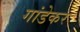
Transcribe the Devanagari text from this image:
गांडेकर